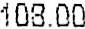
108.00